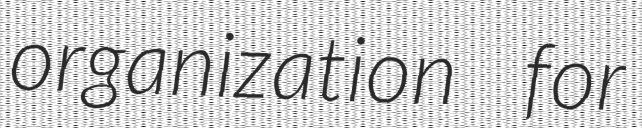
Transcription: organization for